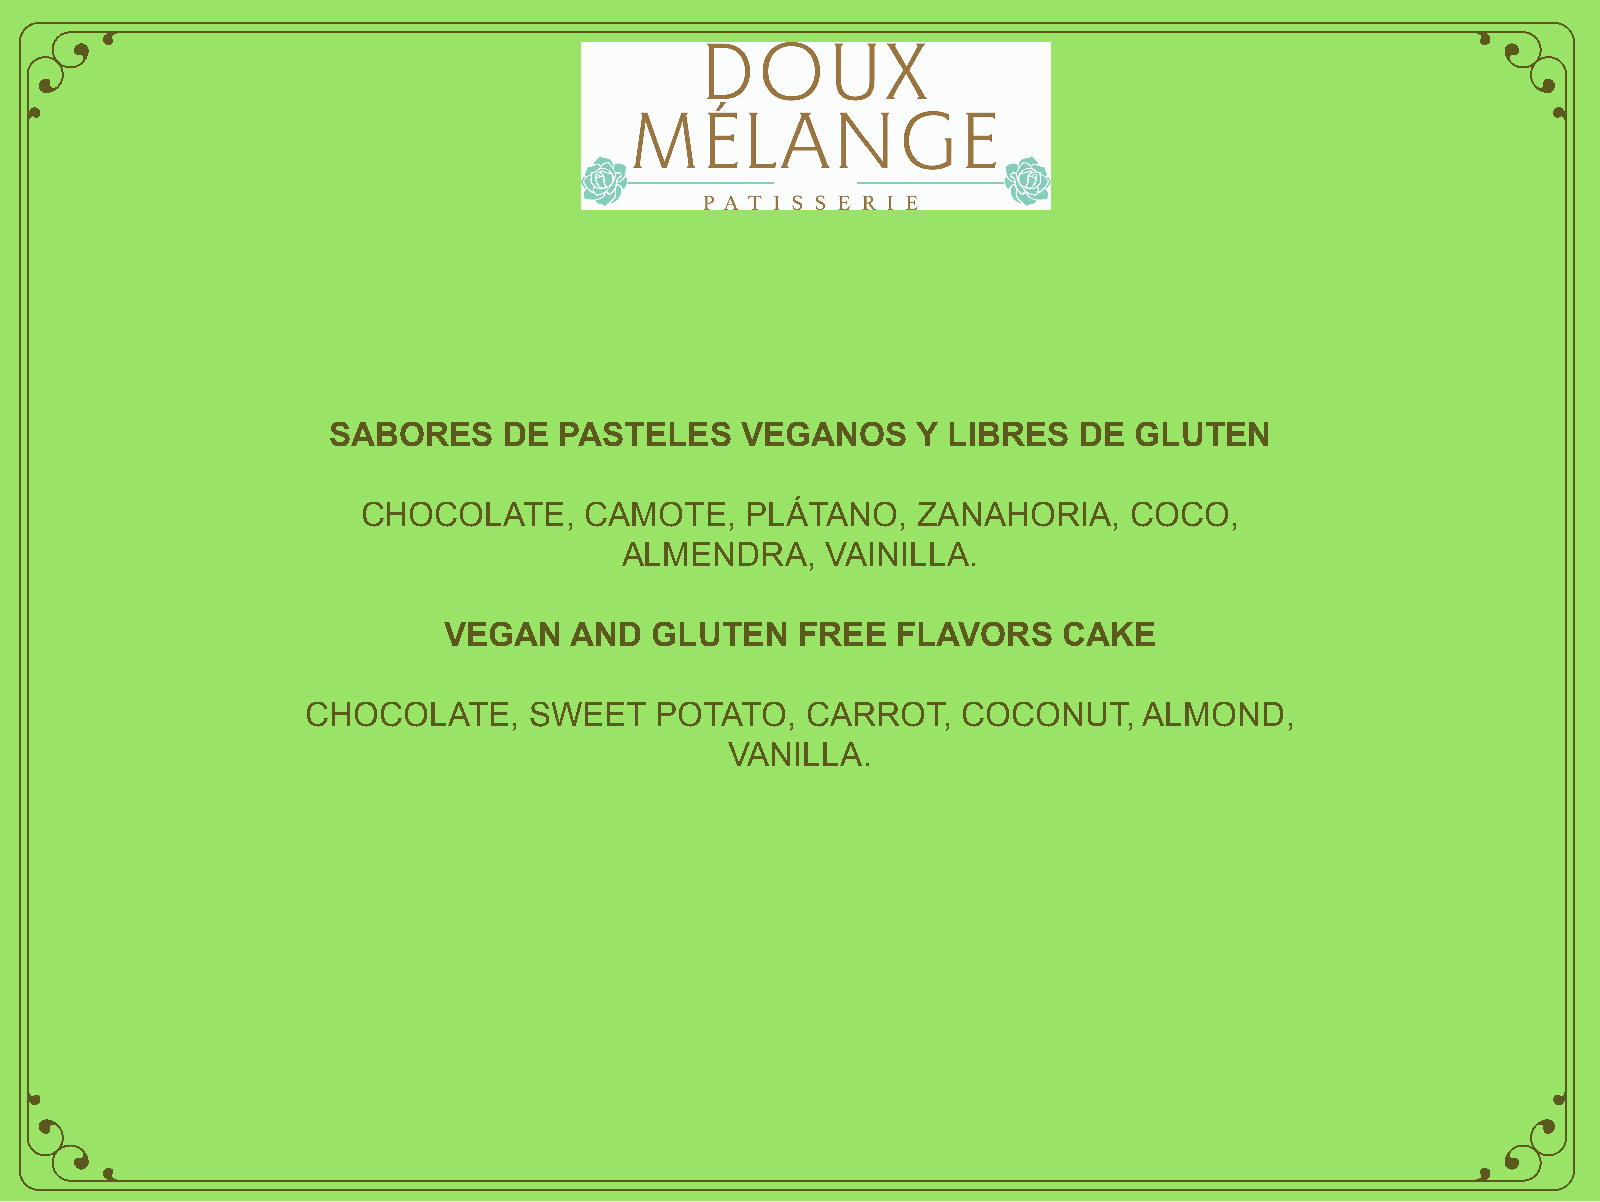
SABORES    DE  PASTELES    VEGANOS     Y LIBRES  DE  GLUTEN
 CHOCOLATE,     CAMOTE,   PLÁTANO,    ZANAHORIA,    COCO,
 ALMENDRA,     VAINILLA.
 VEGAN    AND  GLUTEN    FREE  FLAVORS    CAKE
 CHOCOLATE,     SWEET   POTATO,   CARROT,    COCONUT,    ALMOND,
 VANILLA.